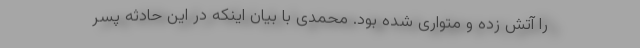
را آتش زده و متواری شده بود. محمدی با بیان اینکه در این حادثه پسر